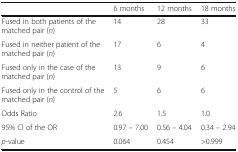
|  | 6 months | 12 months | 18 months |
 | --- | --- | --- | --- |
 | Fused in both patients of the matched pair (n) | 14 | 28 | 33 |
 | Fused in neither patient of the matched pair (n) | 17 | 6 | 4 |
 | Fused only in the case of the matched pair (n) | 13 | 9 | 6 |
 | Fused only in the control of the matched pair (n) | 5 | 6 | 6 |
 | Odds Ratio | 2.6 | 1.5 | 1.0 |
 | 95% CI of the OR | 0.97 – 7.00 | 0.56 – 4.04 | 0.34 – 2.94 |
 | p-value | 0.064 | 0.454 | >0.999 |